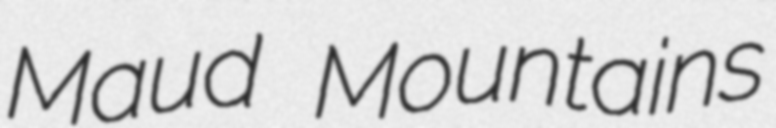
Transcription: Maud Mountains